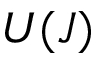
U ( J )